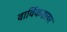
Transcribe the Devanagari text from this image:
वार्विकशायर